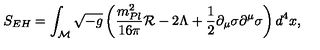
S _ { E H } = \int _ { \cal M } \sqrt { - g } \left( { \frac { m _ { P l } ^ { 2 } } { 1 6 \pi } } { \cal R } - 2 \Lambda + { \frac { 1 } { 2 } } \partial _ { \mu } \sigma \partial ^ { \mu } \sigma \right) d ^ { 4 } x ,